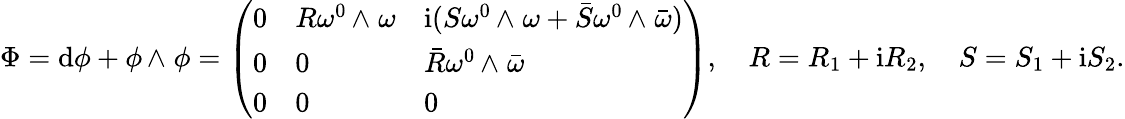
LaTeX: \Phi=\mathrm{d}\phi+\phi{\, {\wedge}\; }\phi=\left(\begin{array}{lll}{0}&{R\omega^{0}{\, {\wedge}\; }\omega}&{\mathrm{i}(S\omega^{0}{\, {\wedge}\; }\omega+\bar{S}\omega^{0}{\, {\wedge}\; }\bar{\omega})}\\ {0}&{0}&{\bar{R}\omega^{0}{\, {\wedge}\; }\bar{\omega}}\\ {0}&{0}&{0}\end{array}\right),\quad R=R_{1}+\mathrm{i}R_{2},\quad S=S_{1}+\mathrm{i}S_{2}.